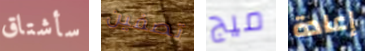
سأشتاق تصفين ميج إعادة